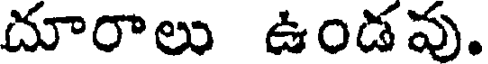
దూరాలు ఉండవు.